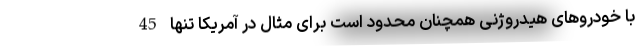
با خودروهای هیدروژنی همچنان محدود است برای مثال در آمریکا تنها 45